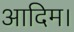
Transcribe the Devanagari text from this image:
आदिम।